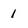
Character: 1